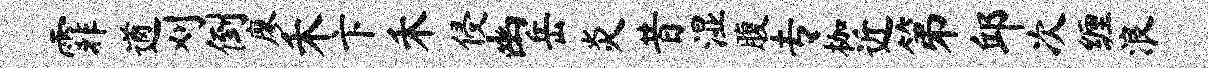
霏遒刈倒廖禾卞禾侵幽岳炎昔湿腹专枷近第邱次缠浪